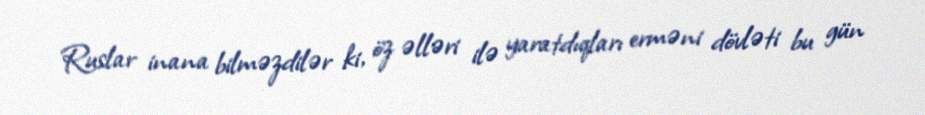
Ruslar inana bilməzdilər ki, öz əlləri ilə yaratdıqları erməni dövləti bu gün